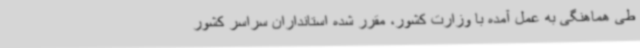
طی هماهنگی به عمل آمده با وزارت کشور، مقرر شده استانداران سراسر کشور